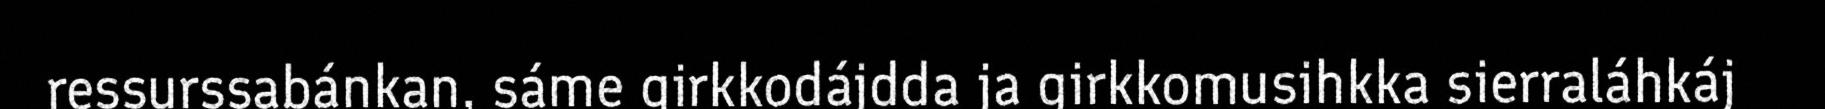
ressurssabánkan, sáme girkkodájdda ja girkkomusihkka sierraláhkáj